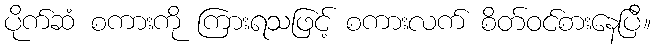
ပိုက်ဆံ စကားကို ကြားရသဖြင့် စကားလက် စိတ်ဝင်စားနေပြီ။